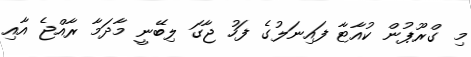
މި ގްރޫޕުން ކުއާޓާ ފައިނަލުގެ ފަހު ޖާގަ ލިބޭނީ މާދަމާ ރާއްޖެ އާއި